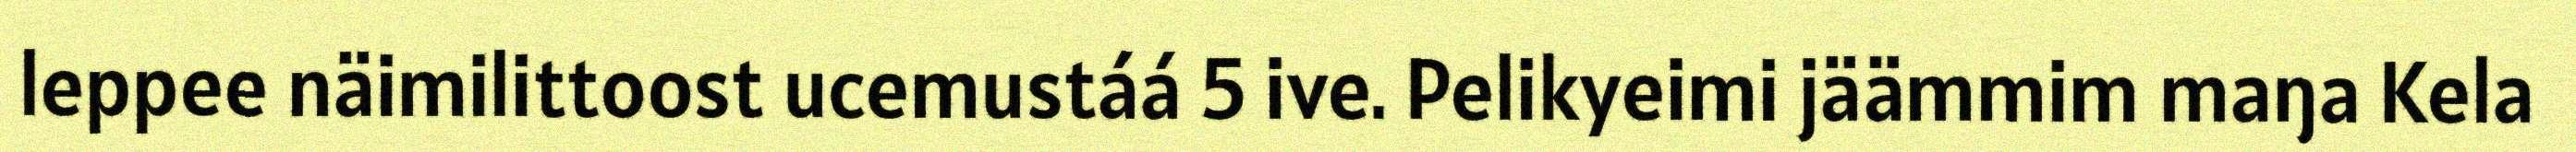
leppee näimilittoost ucemustáá 5 ive. Pelikyeimi jäämmim maŋa Kela